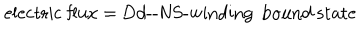
\mathrm { e l e c t r i c ~ f l u x } = \mathrm { D } d \mathrm { - - N S - w i n d i n g } \; \, \mathrm { b o u n d ~ s t a t e }